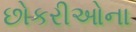
છોકરીઓના